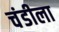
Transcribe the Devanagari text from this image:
चंडीला